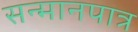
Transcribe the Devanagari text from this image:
सन्‍मानपात्र